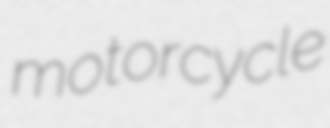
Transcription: motorcycle